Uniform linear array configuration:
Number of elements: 48
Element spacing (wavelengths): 1
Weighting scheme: kaiser
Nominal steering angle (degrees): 15
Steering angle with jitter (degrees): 16.683
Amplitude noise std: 0.05
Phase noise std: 0.05

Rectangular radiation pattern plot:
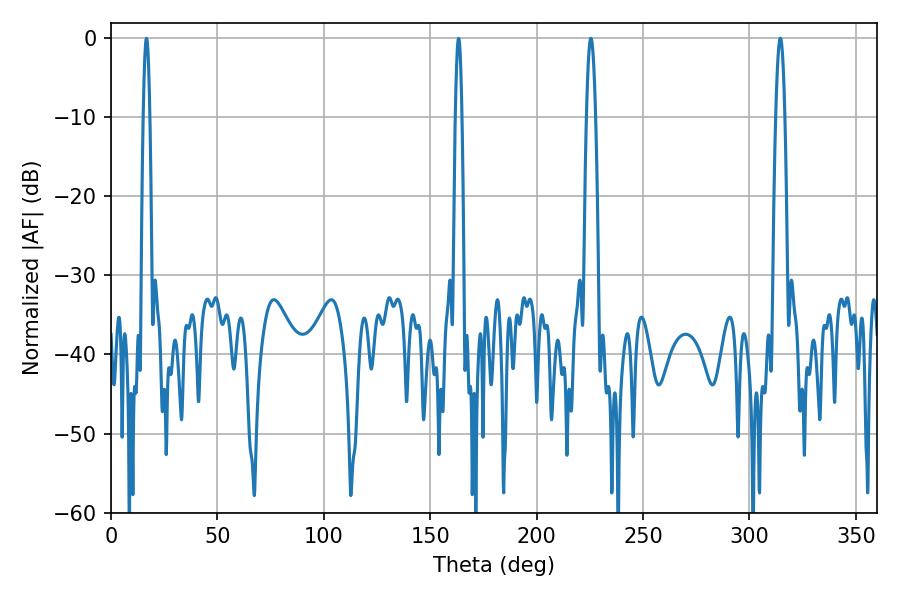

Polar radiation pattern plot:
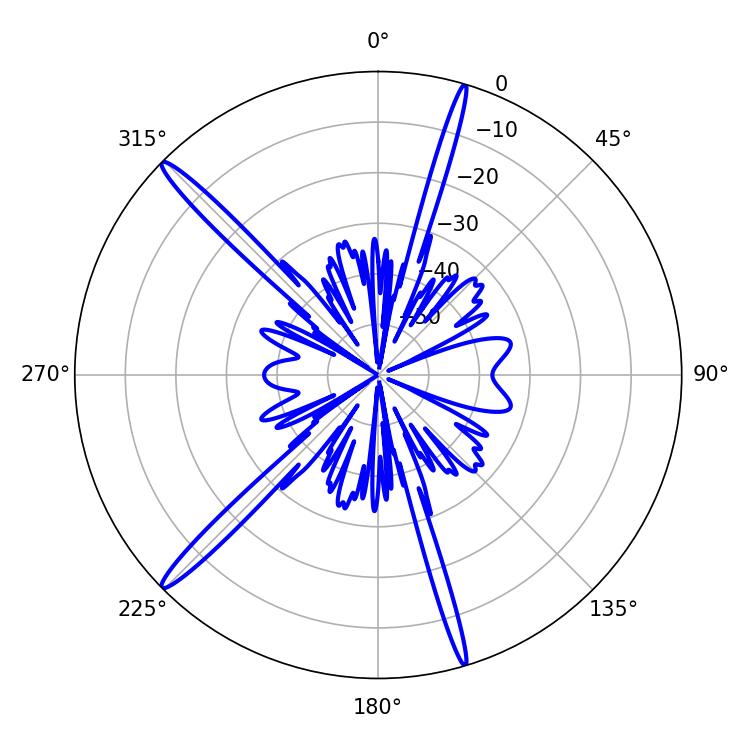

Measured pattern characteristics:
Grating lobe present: TRUE
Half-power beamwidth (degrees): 2.34
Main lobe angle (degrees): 314.46